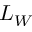
L _ { W }